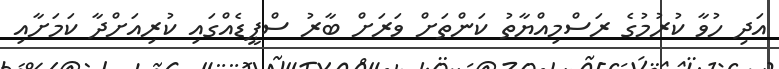
އަދި ހުވާ ކުރުމުގެ ރަސްމިއްޔާތު ކަންތަށް ވަރަށް ބާރު ސްޕީޑެއްގައި ކުރިއަށްދާ ކަމަށާއި